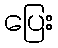
ပြေး